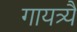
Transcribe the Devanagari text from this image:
गायत्र्यै